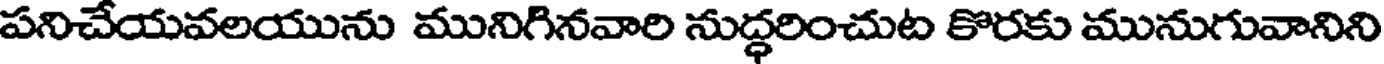
పనిచేయవలయును మునిగినవారి నుద్ధరించుట కొరకు మునుగువానిని